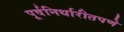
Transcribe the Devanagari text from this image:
पूर्वनिर्धारीतपणे